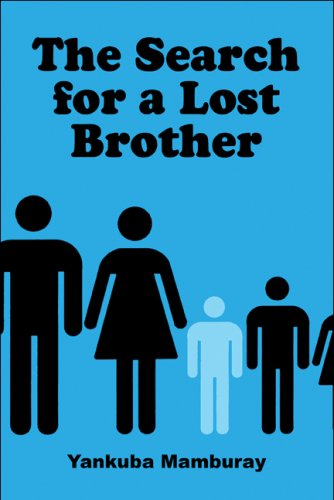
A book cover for The Search for a Lost Brother; Yankuba Mamburay; Travel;